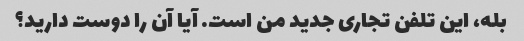
بله، این تلفن تجاری جدید من است. آیا آن را دوست دارید؟